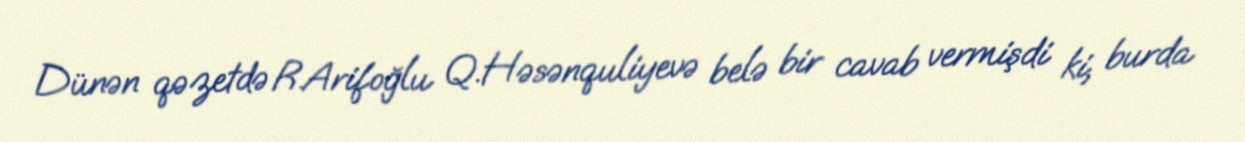
Dünən qəzetdə R.Arifoğlu Q.Həsənquliyevə belə bir cavab vermişdi ki, burda